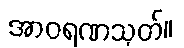
အာဝရဏသုတ်။